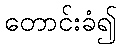
တောင်းခံ၍